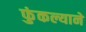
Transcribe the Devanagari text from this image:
फुंकल्याने